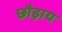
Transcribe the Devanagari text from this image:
छौड़ाय